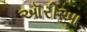
ઑરીઆ